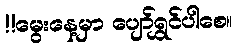
!!မွေးနေ့မှာ ပျော်ရွှင်ပါစေ။